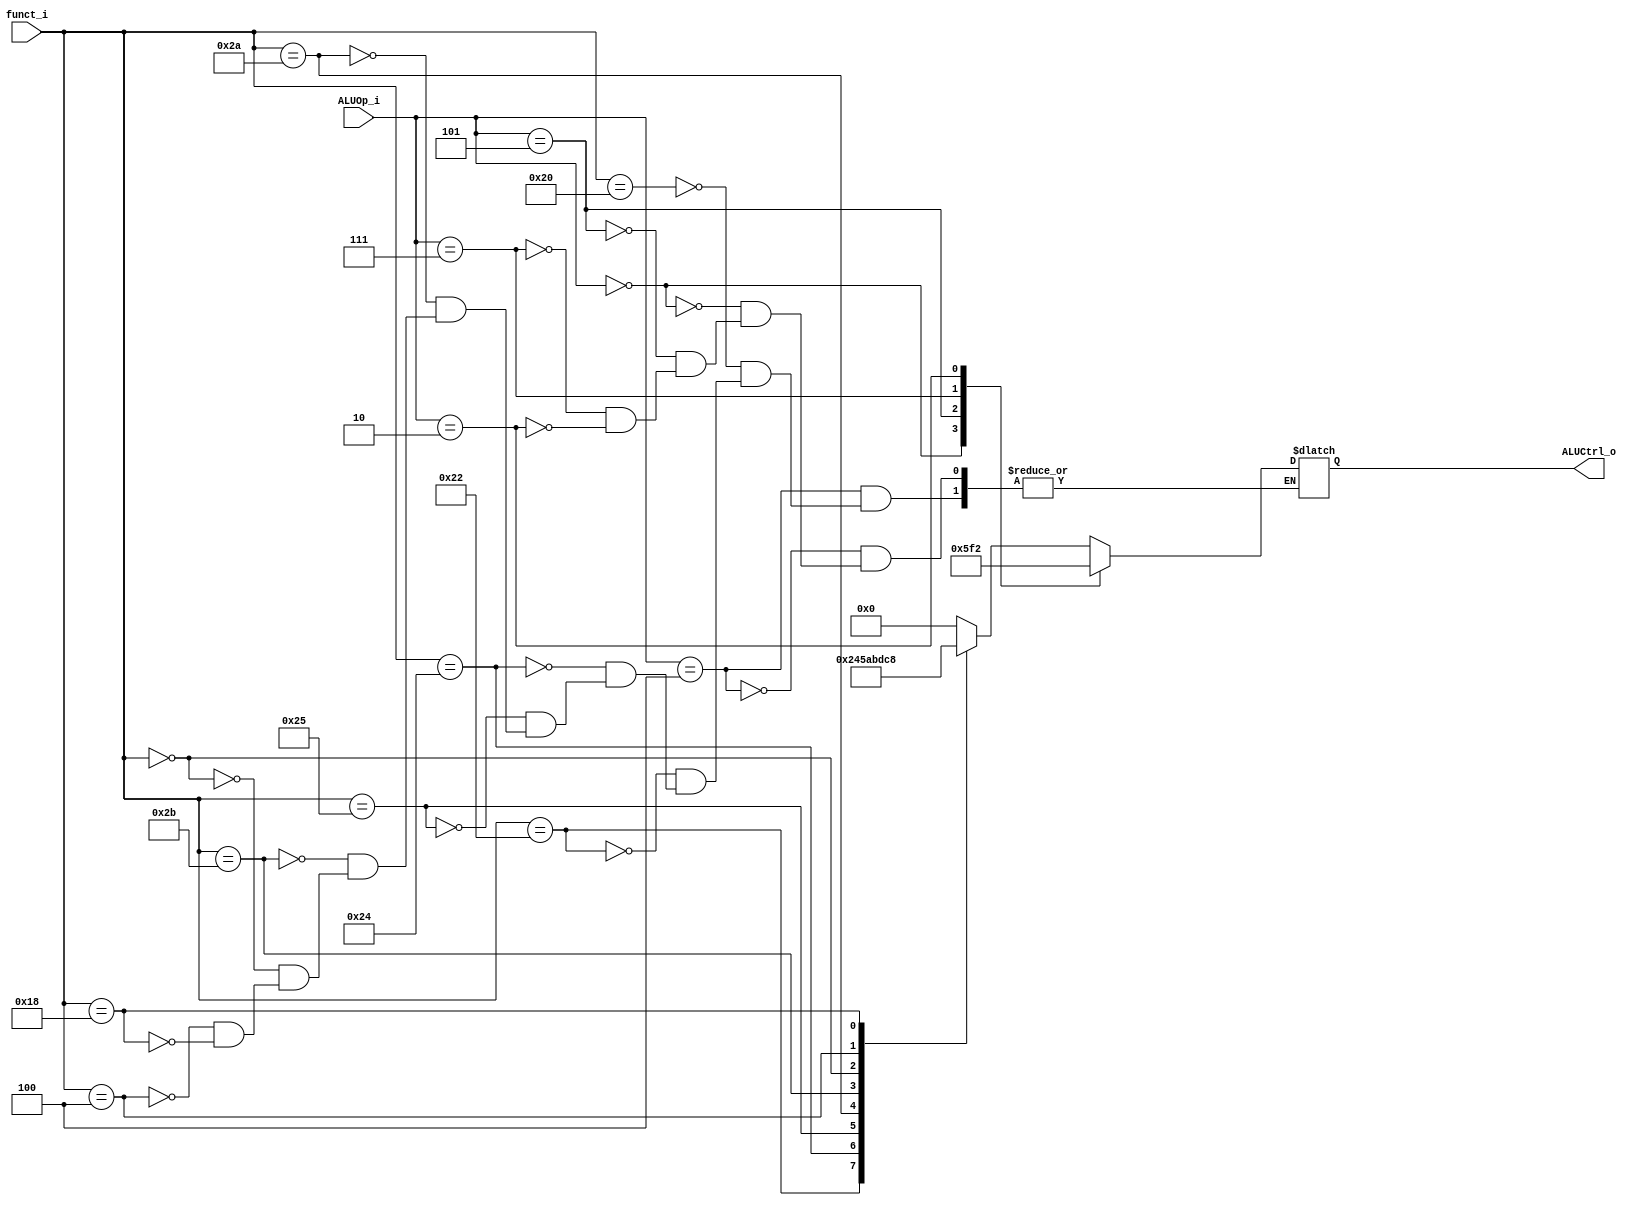
//Subject:     CO project 4 - ALU Controller
//--------------------------------------------------------------------------------
//Version:     1
//--------------------------------------------------------------------------------
//Writer:      0416038 _0416326 t 
//----------------------------------------------
//Date:        
//----------------------------------------------
//Description: 
//--------------------------------------------------------------------------------

module ALU_Ctrl(
          funct_i,
          ALUOp_i,
          ALUCtrl_o
          );
          
//I/O ports 
input      [6-1:0] funct_i;
input      [3-1:0] ALUOp_i;

output     [4-1:0] ALUCtrl_o; 
     
//Internal Signals
reg        [4-1:0] ALUCtrl_o;

//Parameter
parameter	R_FORMATE_op	= 3'b100;
parameter	ADDI_op			= 3'b000;
parameter	ORI_op			= 3'b101;
parameter	LUI_op			= 3'b111;
parameter	BRENCH_op		= 3'b010;

parameter	ADD_func       = 6'd32;
parameter	SUB_func  		= 6'd34;
parameter	AND_func  		= 6'd36;
parameter	OR_func  		= 6'd37;
parameter	SLT_func  		= 6'd42;
parameter	SLTU_func  		= 6'd43;
parameter	SLL_func  		= 6'd0;
parameter	SLLV_func  		= 6'd4;
parameter	MUL_func  		= 6'd24;

parameter ADD  = 4'b0000;
parameter SUB  = 4'b0010;
parameter AND  = 4'b0100;
parameter OR   = 4'b0101;
parameter SLT  = 4'b1010;
parameter SLTU = 4'b1011;
parameter SLL  = 4'b1101;
parameter SLLV = 4'b1100;
parameter LUI  = 4'b1111;
parameter MUL  = 4'b1000;

//Select exact operation
always@(*) begin
		case(ALUOp_i)
			R_FORMATE_op:
				case(funct_i)
					ADD_func : begin ALUCtrl_o <= ADD; end
					SUB_func : begin ALUCtrl_o <= SUB; end
					AND_func : begin ALUCtrl_o <= AND; end
					OR_func  : begin ALUCtrl_o <= OR;  end
					SLT_func : begin ALUCtrl_o <= SLT; end
					SLTU_func: begin ALUCtrl_o <= SLTU;end
					SLL_func : begin ALUCtrl_o <= SLL; end
					SLLV_func: begin ALUCtrl_o <= SLLV;end
					MUL_func : begin ALUCtrl_o <= MUL; end
				endcase
			ADDI_op		: begin ALUCtrl_o <= ADD;    end
			ORI_op		: begin ALUCtrl_o <= OR;	  end
			LUI_op		: begin ALUCtrl_o <= LUI;	  end
			BRENCH_op	: begin ALUCtrl_o <= SUB;	  end
		endcase
end 

endmodule